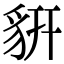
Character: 𧲨